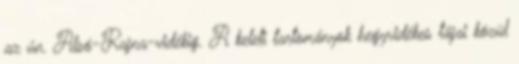
az ún. Alsó-Rajna-vidékig. A keleti tartományok hegyvidékes tájai közül